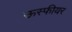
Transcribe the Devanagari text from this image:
ऊस्फीयर